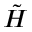
\Tilde { H }